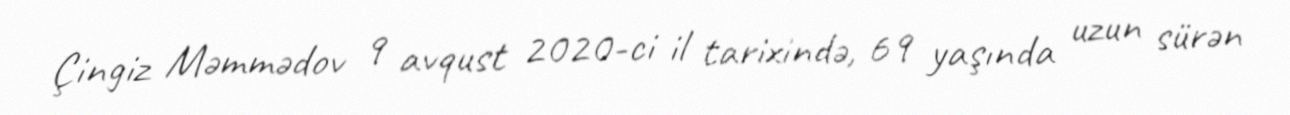
Çingiz Məmmədov 9 avqust 2020-ci il tarixində, 69 yaşında uzun sürən